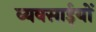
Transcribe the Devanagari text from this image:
व्यवसाईयों